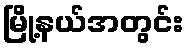
မြို့နယ်အတွင်း